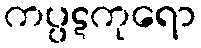
ကပ္ပဋကုရော